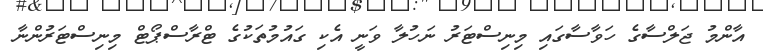
އާންމު ޖަލްސާގެ ހަވާސާގައި މިނިސްޓަރު ނަހުލާ ވަނީ އެކި ގައުމުތަކުގެ ޓްރާސްޕޯޓް މިނިސްޓަރުންނާ